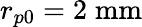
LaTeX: r_{p0}=2\; \mathrm{mm}